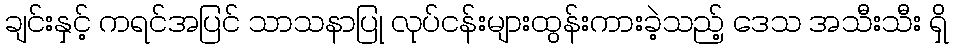
ချင်းနှင့် ကရင်အပြင် သာသနာပြု လုပ်ငန်းများထွန်းကားခဲ့သည့် ဒေသ အသီးသီး ရှိ